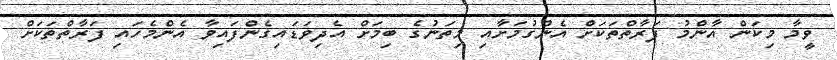
ވީމާ މިކަން އާންމު ފަރާތްތަކަށް އެންގުމަށާއި މިތަނުގެ ބިމަށް އެދިވަޑައިގެންފައިވާ އެންމެހައި ފަރާތްތަކަށް